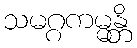
သမဂ္ဂကမ္မန္တိ